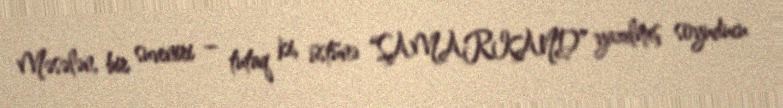
Məsələn, bir suveniri – tutaq ki, üstünə “SAMARKAND” yazılmış soyuducu